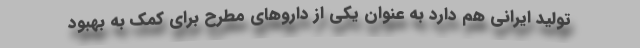
تولید ایرانی هم دارد به عنوان یکی از داروهای مطرح برای کمک به بهبود